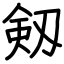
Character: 剱